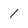
Character: 1